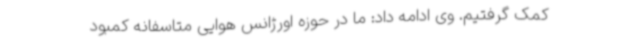
کمک گرفتیم. وی ادامه داد: ما در حوزه اورژانس هوایی متاسفانه کمبود